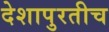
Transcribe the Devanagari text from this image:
देशापुरतीच